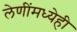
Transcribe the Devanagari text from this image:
लेणींमध्येही